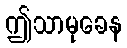
ဤသာမုခေန